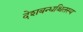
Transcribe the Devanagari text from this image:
देशबन्धश्चितस्य